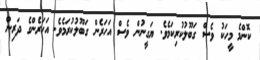
ކޮންމެ މީހަކު ވެސް ގަބޫލުކުރިކަމެވެ. ޔަގީނުން ވެސް އަހަރެން ގަބޫލުކުރަމެވެ. އަހަރެންގެ ދަރިން